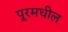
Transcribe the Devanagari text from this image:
पूरमधील